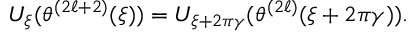
U _ { \xi } ( \theta ^ { ( 2 \ell + 2 ) } ( \xi ) ) = U _ { \xi + 2 \pi \gamma } ( \theta ^ { ( 2 \ell ) } ( \xi + 2 \pi \gamma ) ) .